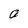
Character: a